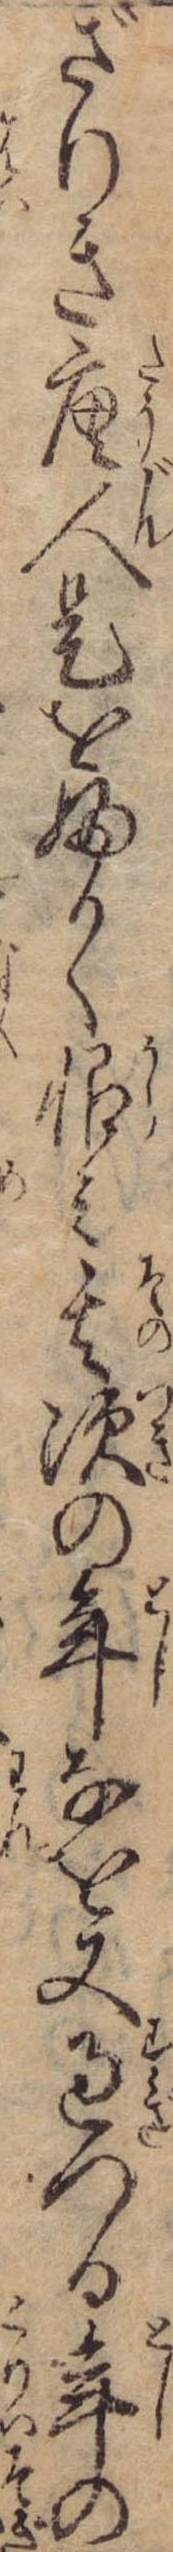
ざりき唐人是をふかく恨み其次の年なを又過つる年の